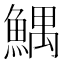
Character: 鰅